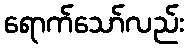
ရောက်သော်လည်း